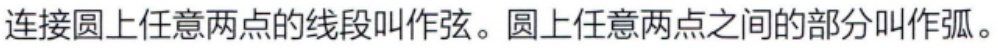
连接圆上任意两点的线段叫作弦。圆上任意两点之间的部分叫作弧。